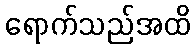
ရောက်သည်အထိ